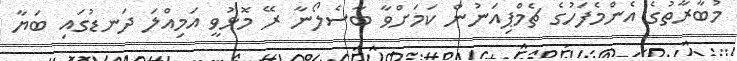
މުބާރާތުގެ އެންމެފަހުގެ ޗެމްޕިއަނުން ކަމަށްވާ ބާސެލޯނާ ރޭ މޮޅުވީ އަމިއްލަ ދަނޑުގައި ބަޔާ